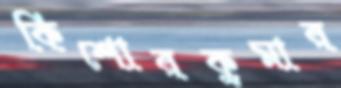
কিশোরকুমার